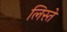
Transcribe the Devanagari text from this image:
लिस्ते